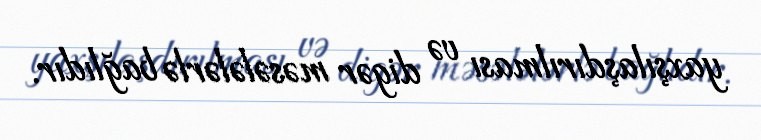
yaxşılaşdırılması və digər məsələlərlə bağlıdır.